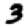
Digit: 3